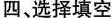
四 选择填空